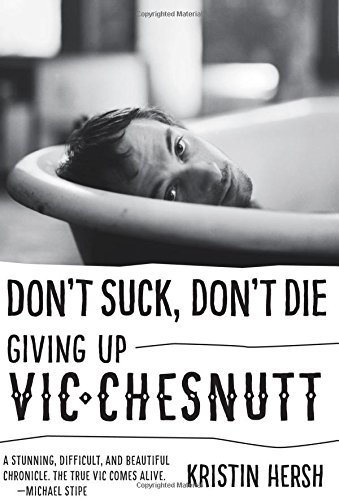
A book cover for Don't Suck, Don't Die: Giving Up Vic Chesnutt (American Music); Kristin Hersh; Biographies & Memoirs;